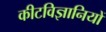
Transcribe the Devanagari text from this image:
कीटविज्ञानियों